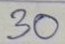
30